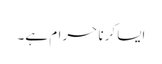
ایسا کرنا حرام ہے۔